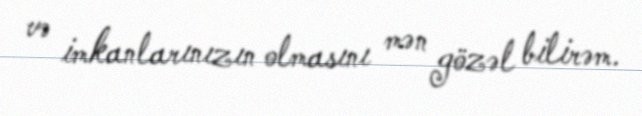
və imkanlarınızın olmasını mən gözəl bilirəm.